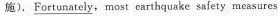
施). \underline{Fortunately},most carthquake safety measures